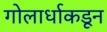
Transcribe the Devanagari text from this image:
गोलार्धाकडून